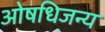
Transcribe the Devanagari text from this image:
ओषधिजन्य